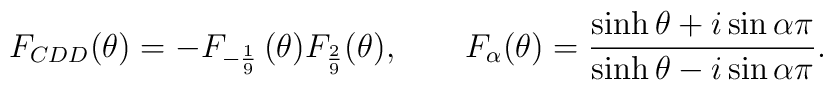
F_{CDD}(\theta)=-F_{- \frac{1}{9}}\, ( \theta ) F_{\frac{2}{ 9}} (\theta ) ,\qquad F_{\alpha} ( \theta ) = {\sinh\theta+i\sin\alpha\pi\over \sinh\theta-i\sin\alpha\pi}.